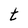
Character: t